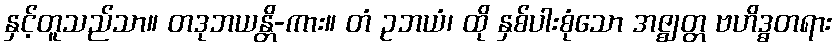
နှင့်တူသည်သာ။ တဒုဘယန္တိ-ကား။ တံ ဥဘယံ၊ ထို နှစ်ပါးစုံသော အဇ္ဈတ္တ ဗဟိဒ္ဓတရား